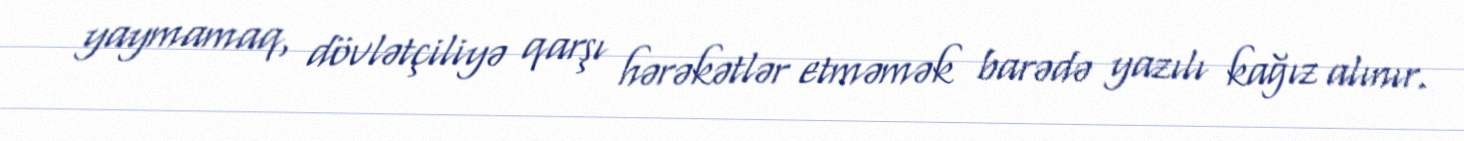
yaymamaq, dövlətçiliyə qarşı hərəkətlər etməmək barədə yazılı kağız alınır.